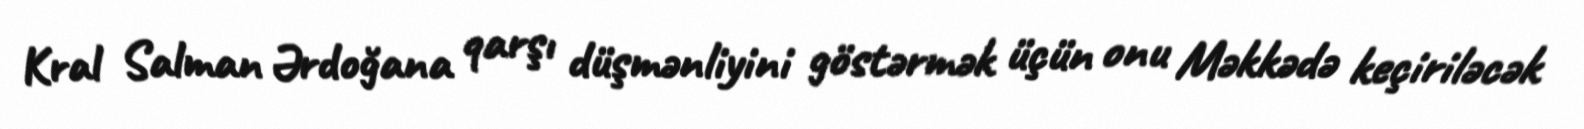
Kral Salman Ərdoğana qarşı düşmənliyini göstərmək üçün onu Məkkədə keçiriləcək